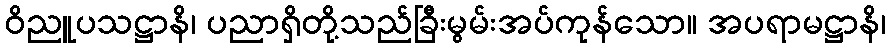
ဝိညူပသဋ္ဌာနိ၊ ပညာရှိတို့သည်ခြီးမွမ်းအပ်ကုန်သော။ အပရာမဋ္ဌာနိ၊